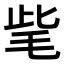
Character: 𣭁